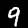
Digit: 9